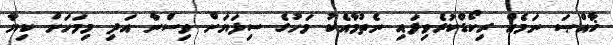
ޚާއްޞަ ނަމެއް ރިކޯޑްކުރެވިފައި ނެތުމާއެކު މަހުގެ ސިފަޔަށް ވިސްނާ އަދި މިމަހަށް ކިޔާ